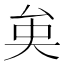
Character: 𠫪